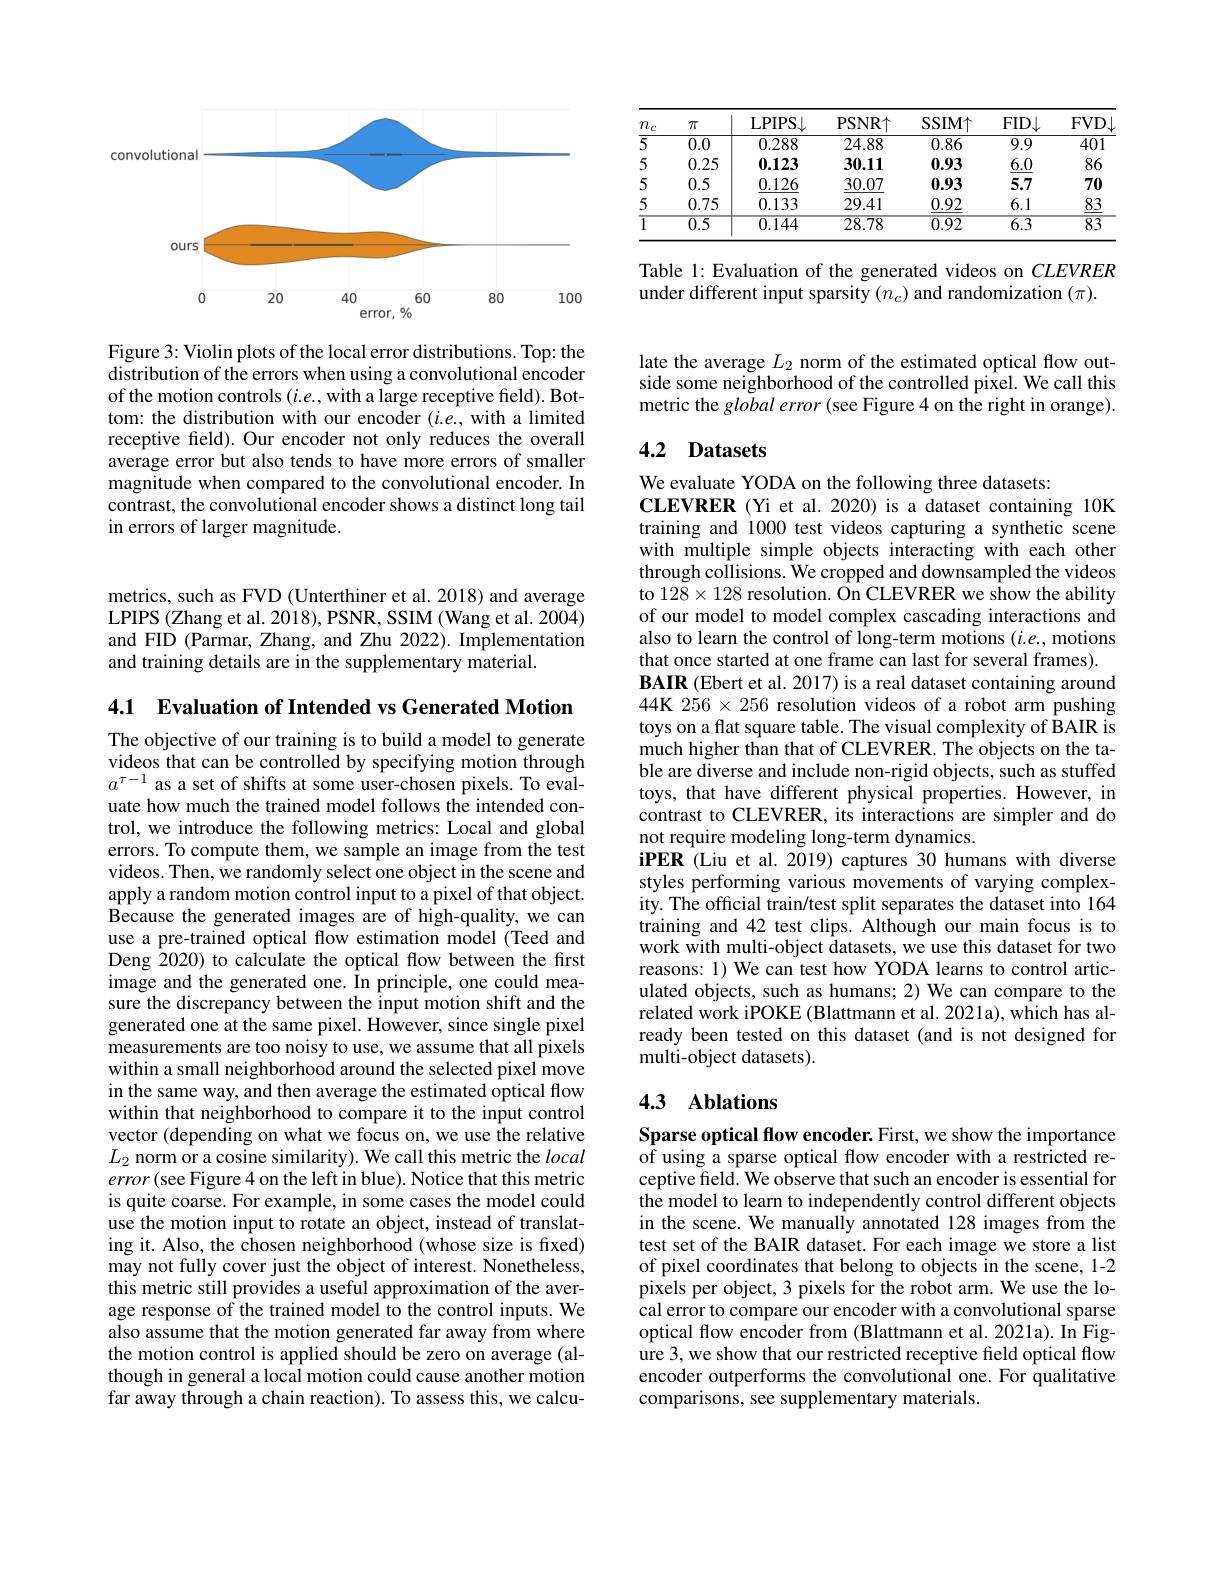
<FigureHere>

Figure 3: Violin plots of the local error distributions. Top: the distribution of the errors when using a convolutional encoder of the motion controls $(i.e.$,with a large receptive field). Bottom: the distribution with our encoder $(i.e.$, with a limited receptive field). Our encoder not only reduces the overall average error but also tends to have more errors of smaller magnitude when compared to the convolutional encoder. In contrast, the convolutional encoder shows a distinct long tail in errors of larger magnitude.

metrics, such as FVD (Unterthiner et al. 2018) and average LPIPS (Zhang et al. 2018), PSNR, SSIM (Wang et al. 2004) and FID (Parmar, Zhang, and Zhu 2022). Implementation and training details are in the supplementary material.

4.1 Evaluation of Intended vs Generated Motion The objective of our training is to build a model to generate videos that can be controlled by specifying motion through $a^{\tau-1}$ as a set of shifts at some user-chosen pixels. To evaluate how much the trained model follows the intended control, we introduce the following metrics: Local and global errors. To compute them, we sample an image from the test videos. Then, we randomly select one object in the scene and apply a random motion control input to a pixel of that object. Because the generated images are of high-quality, we can use a pre-trained optical flow estimation model (Teed and Deng 2020) to calculate the optical flow between the first image and the generated one. In principle, one could measure the discrepancy between the input motion shift and the generated one at the same pixel. However, since single pixel measurements are too noisy to use, we assume that all pixels within a small neighborhood around the selected pixel move in the same way, and then average the estimated optical flow within that neighborhood to compare it to the input control vector (depending on what we focus on, we use the relative $L_{2}$ norm or a cosine similarity). We call this metric the local $error($see Figure 4 on the left in blue). Notice that this metric is quite coarse. For example, in some cases the model could use the motion input to rotate an object, instead of translating it. Also, the chosen neighborhood (whose size is fixed) may not fully cover just the object of interest. Nonetheless, this metric still provides a useful approximation of the average response of the trained model to the control inputs. We also assume that the motion generated far away from where the motion control is applied should be zero on average (although in general a local motion could cause another motion far away through a chain reaction). To assess this, we calcu-

<table>
	<tbody>
		<tr>
			<th>$n_{c}$</th>
			<th>$\pi$</th>
			<th>LPIPS$\downarrow$</th>
			<th>PSNR$\uparrow$</th>
			<th>SSIMT</th>
			<th>$FID\downarrow$</th>
			<th>$FVD、$</th>
		</tr>
		<tr>
			<td>$\overline{5}$</td>
			<td>0.0</td>
			<td>0.288</td>
			<td>24.88</td>
			<td>0.86</td>
			<td>9.9</td>
			<td>401</td>
		</tr>
		<tr>
			<td>5</td>
			<td>0.25</td>
			<td>0.123</td>
			<td>30.11</td>
			<td>0.93</td>
			<td>6.0</td>
			<td>86</td>
		</tr>
		<tr>
			<td>5</td>
			<td>0.5</td>
			<td>0.126</td>
			<td>30.07</td>
			<td>0.93</td>
			<td>5.7</td>
			<td>70</td>
		</tr>
		<tr>
			<td>5</td>
			<td>0.75</td>
			<td>0.133</td>
			<td>29.41</td>
			<td>0.92</td>
			<td>6.1</td>
			<td>83</td>
		</tr>
		<tr>
			<td>$\overline{1}$</td>
			<td>$\overline{0.5}$</td>
			<td>0.144</td>
			<td>28.78</td>
			<td>$\overline{0.92}$</td>
			<td>$\overline{6.3}$</td>
			<td>$\overline{83}$</td>
		</tr>
	</tbody>
</table>

Table 1: Evaluation of the generated videos on $CLEVRER$
under different input sparsity $(n_c)$ and randomization $(\pi).$

late the average $L_2$ norm of the estimated optical flow outside some neighborhood of the controlled pixel. We call this metric the global error (see Figure 4 on the right in orange).

# 4.2 Datasets

We evaluate YODA on the following three datasets:
CLEVRER (Yi et al.2020) is a dataset containing 10K training and 1000 test videos capturing a synthetic scene with multiple simple objects interacting with each other through collisions. We cropped and downsampled the videos to $12\dot{8}\times128$ resolution. On CLEVRER we show the ability of our model to model complex cascading interactions and also to learn the control of long-term motions $(i.e.$, motions that once started at one frame can last for several frames). BAIR (Ebert et al. 2017) is a real dataset containing around 44K 256$\times256$ resolution videos of a robot arm pushing toys on a flat square table. The visual complexity of BAIR is much higher than that of CLEVRER. The objects on the table are diverse and include non-rigid objects, such as stuffed toys, that have different physical properties. However, in contrast to CLEVRER, its interactions are simpler and do not require modeling long-term dynamics.
iPER (Liu et al. 2019) captures 30 humans with diverse styles performing various movements of varying complexity. The official train/test split separates the dataset into 164 training and 42 test clips. Although our main focus is to work with multi-object datasets, we use this dataset for two reasons: 1) We can test how YODA learns to control articulated objects, such as humans; 2) We can compare to the related work iPOKE (Blattmann et al. 2021a), which has already been tested on this dataset (and is not designed for multi-object datasets).

# 4.3 Ablations

Sparse optical flow encoder. First, we show the importance of using a sparse optical flow encoder with a restricted receptive field. We observe that such an encoder is essential for the model to learn to independently control different objects in the scene. We manually annotated 128 images from the test set of the BAIR dataset. For each image we store a list of pixel coordinates that belong to objects in the scene, 1-2 pixels per object, 3 pixels for the robot arm. We use the local error to compare our encoder with a convolutional sparse optical flow encoder from (Blattmann et al. 2021a). In Figure 3, we show that our restricted receptive field optical flow encoder outperforms the convolutional one. For qualitative comparisons, see supplementary materials.